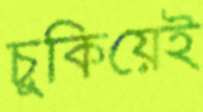
চুকিয়েই